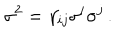
LaTeX: \sigma ^ { 2 } = \gamma _ { i j } \sigma ^ { i } \sigma ^ { j } \, .